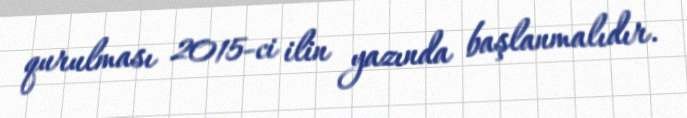
qurulması 2015-ci ilin yazında başlanmalıdır.